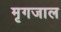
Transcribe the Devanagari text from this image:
मृगजाल